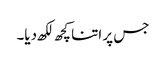
جس پر اتنا کچھ لکھ دیا۔